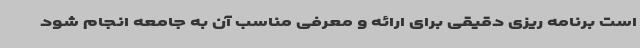
است برنامه ریزی دقیقی برای ارائه و معرفی مناسب آن به جامعه انجام شود